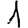
Digit: 1